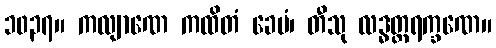
၁၀၃၇။ ကလျာဏေ ကထိတံ ခေမံ၊ တီသု လဒ္ဓတ္ထရက္ခဏေ။